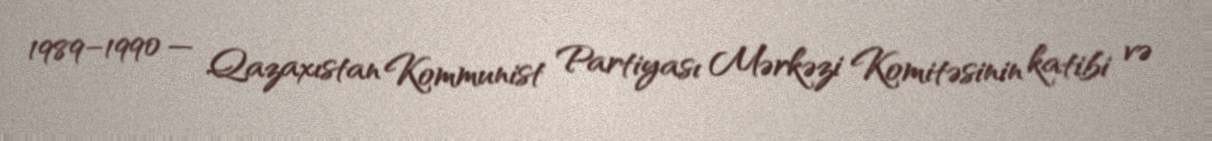
1989–1990 — Qazaxıstan Kommunist Partiyası Mərkəzi Komitəsinin katibi və